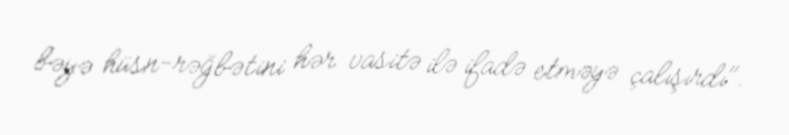
bəyə hüsn-rəğbətini hər vasitə ilə ifadə etməyə çalışırdı".